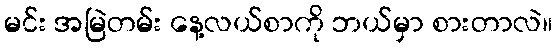
မင်း အမြဲတမ်း နေ့လယ်စာကို ဘယ်မှာ စားတာလဲ။